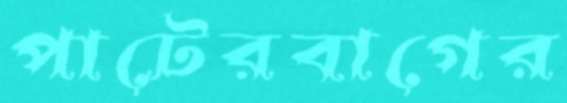
পাটেরবাগের